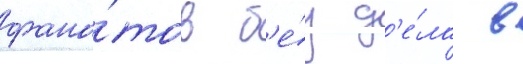
фана́тов б'е́з д'е́ла в